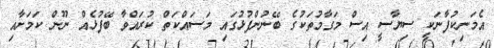
އެމަނިކުފާނަކީ ސިޔާސީ އިސް މަގާމުތަކުގެ ބޭނުންފުޅުގައި މަސައްކަތް ކުރައްވާ ބޭފުޅެއް ނޫން ކަމަށާއި